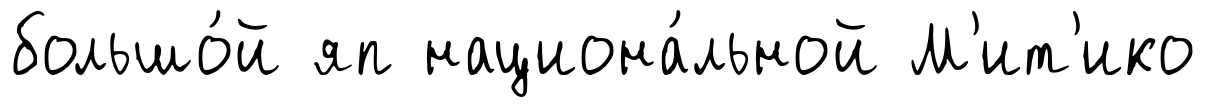
большо́й яп национа́льной М'ит'ико